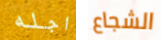
اجله الشجاع